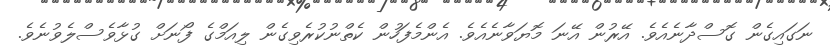
ނަގައިގެން ގޮސްދާނެއެވެ. އޭރުން އޭނަ މޮޔަވާނެއެވެ. އެންމެފަހުން ކެތްނުކުރެވިގެން ލިއަމްގެ ފޯނަށް ގުޅާވެސްލެވުނެވެ.